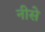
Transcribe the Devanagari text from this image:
नीसे